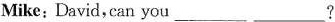
Mike: David, can you___ ____?